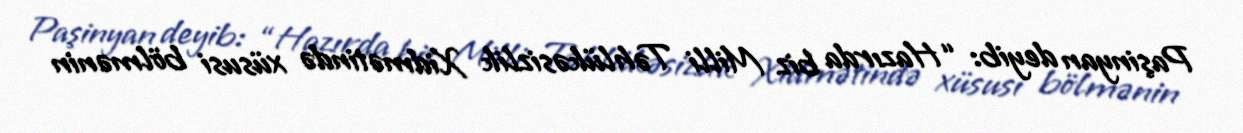
Paşinyan deyib: “Hazırda biz Milli Təhlükəsizlik Xidmətində xüsusi bölmənin